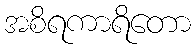
အစိရကာရိတော